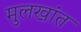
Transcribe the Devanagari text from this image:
मुलखांत